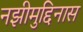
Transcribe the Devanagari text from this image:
नझीमुद्दिनास